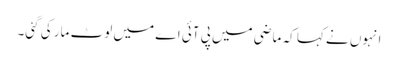
انہوں نے کہا کہ ماضی میں پی آئی اے میں لوٹ مار کی گئی۔